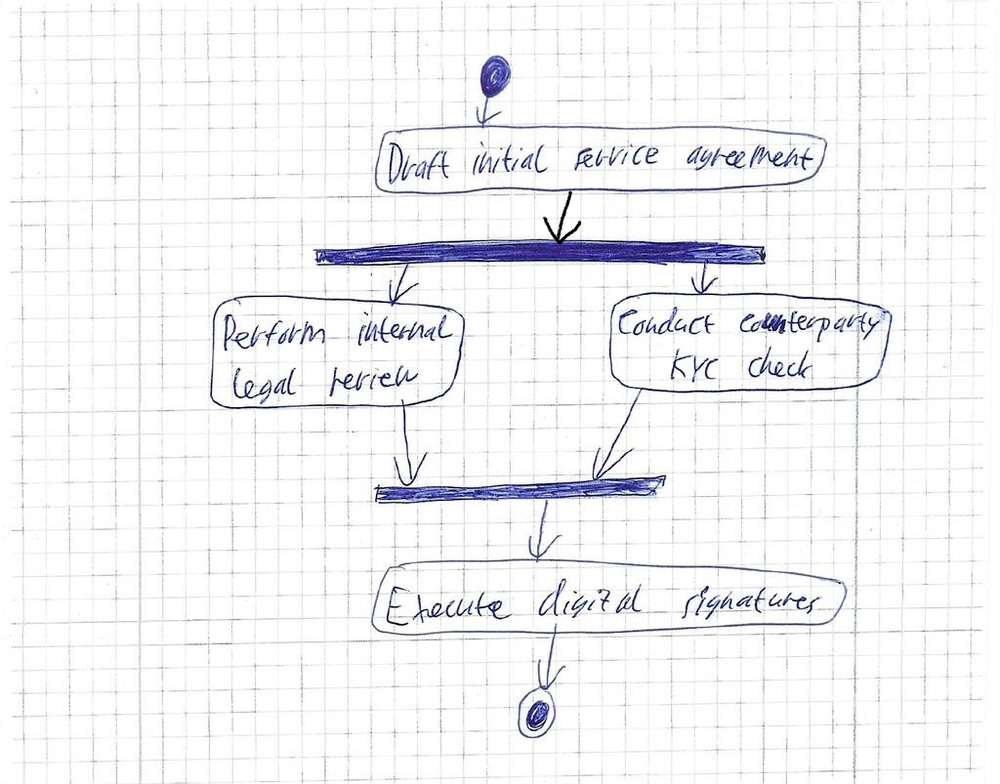
Diagram type: activity_diagram
```plantuml
@startuml

start

:Draft initial service agreement;

fork
  :Perform internal legal review;
fork again
  :Conduct counterparty KYC check;
end fork

:Execute digital signatures;

stop

@enduml
```